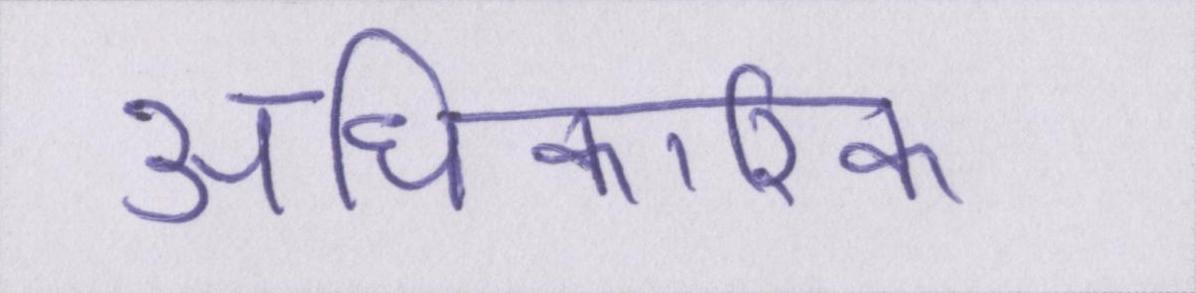
अधिकारिक